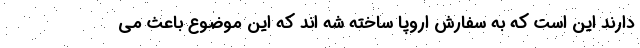
دارند این است که به سفارش اروپا ساخته شه اند که این موضوع باعث می